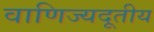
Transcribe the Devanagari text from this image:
वाणिज्यदूतीय